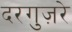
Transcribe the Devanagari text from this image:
दरगुज़रे